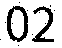
02